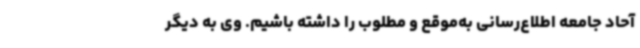
آحاد جامعه اطلاع‌رسانی به‌موقع و مطلوب را داشته باشیم. وی به دیگر